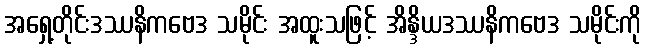
အရှေ့တိုင်းဒဿနိကဗေဒ သမိုင်း အထူးသဖြင့် အိန္ဒိယဒဿနိကဗေဒ သမိုင်းကို